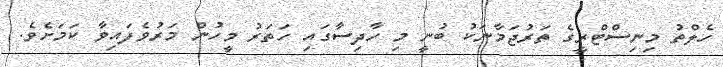
ހެލްތު މިނިސްޓްރީގެ ތަރުޖަމާނަކު ބުނީ މި ހާދިސާގައި ހަތަރު މީހުން މަރުވެފައިވާ ކަމަށެވެ.